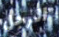
الرجل